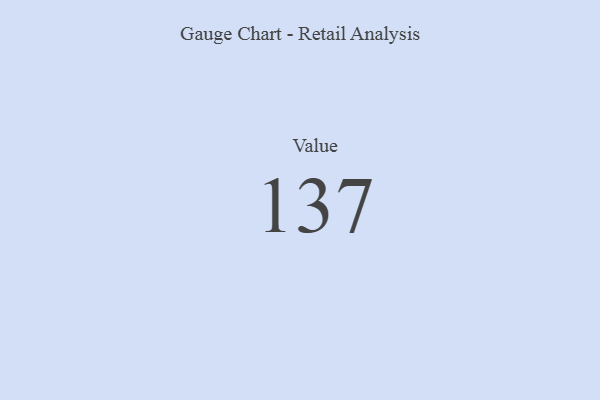
{"axis": {"x": "Metric", "y": "Value"}, "legend": [""], "data": [{"x": "Value", "y": 137, "type": ""}]}